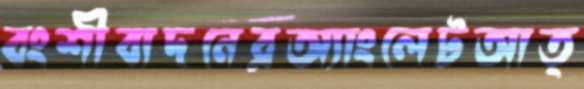
বংশীবাদনেরঅ্যাংলেটআত্